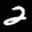
Label: 2